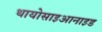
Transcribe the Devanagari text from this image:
थायोसाइआनाइड